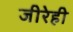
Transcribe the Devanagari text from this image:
जीरेही